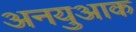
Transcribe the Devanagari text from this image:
अनयुआक